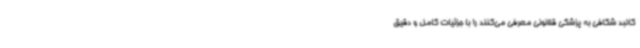
کالبد شکافی به پزشکی قلانونی معرفی می‌کنند را با جزئیات کامل و دقیق